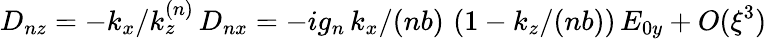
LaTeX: D_{nz}=-k_{x}/k_{z}^{(n)}\, D_{nx}=-ig_{n}\, k_{x}/(nb)\, \left(1-k_{z}/(nb)\right)\, E_{0y}+O(\xi^{3})